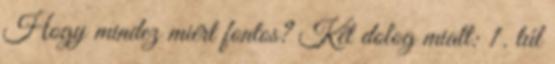
Hogy mindez miért fontos? Két dolog miatt: 1. túl